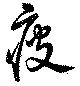
疲